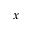
x